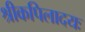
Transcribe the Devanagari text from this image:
श्रीकपिलादयः